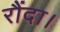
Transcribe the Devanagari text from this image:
रौंदा।